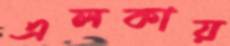
এলকায়